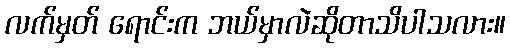
လက်မှတ် ရောင်းက ဘယ်မှာလဲဆိုတာသိပါသလား။